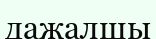
дажалшы